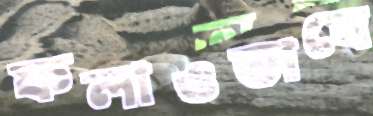
ফলাওভাবে